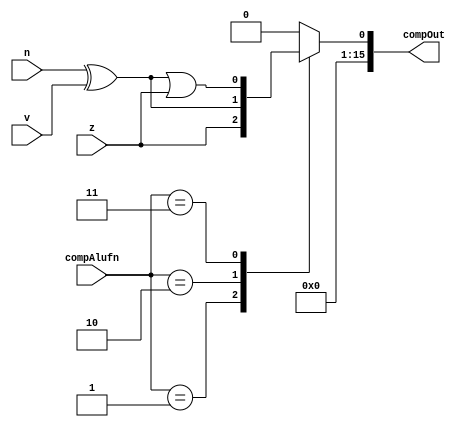
/*
   This file was generated automatically by Alchitry Labs version 1.2.7.
   Do not edit this file directly. Instead edit the original Lucid source.
   This is a temporary file and any changes made to it will be destroyed.
*/

module comp_16_10 (
    input z,
    input v,
    input n,
    input [1:0] compAlufn,
    output reg [15:0] compOut
  );
  
  
  
  reg temp;
  
  always @* begin
    
    case (compAlufn)
      2'h1: begin
        temp = z;
      end
      2'h2: begin
        temp = n ^ v;
      end
      2'h3: begin
        temp = (n ^ v) | z;
      end
      default: begin
        temp = 1'h0;
      end
    endcase
    compOut[1+14-:15] = 15'h0000;
    compOut[0+0-:1] = temp;
  end
endmodule